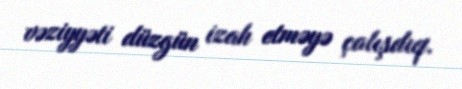
vəziyyəti düzgün izah etməyə çalışdıq.